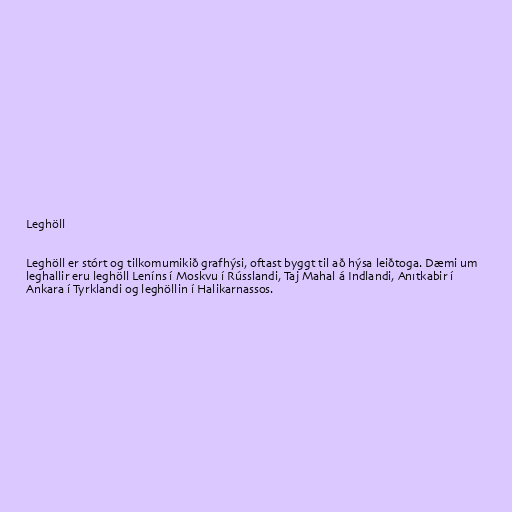
Leghöll

Leghöll er stórt og tilkomumikið grafhýsi, oftast byggt til að hýsa leiðtoga. Dæmi um
leghallir eru leghöll Leníns í Moskvu í Rússlandi, Taj Mahal á Indlandi, Anıtkabir í
Ankara í Tyrklandi og leghöllin í Halikarnassos.